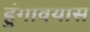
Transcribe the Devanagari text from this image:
हुंगावयास